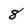
Character: 8